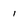
Character: 1